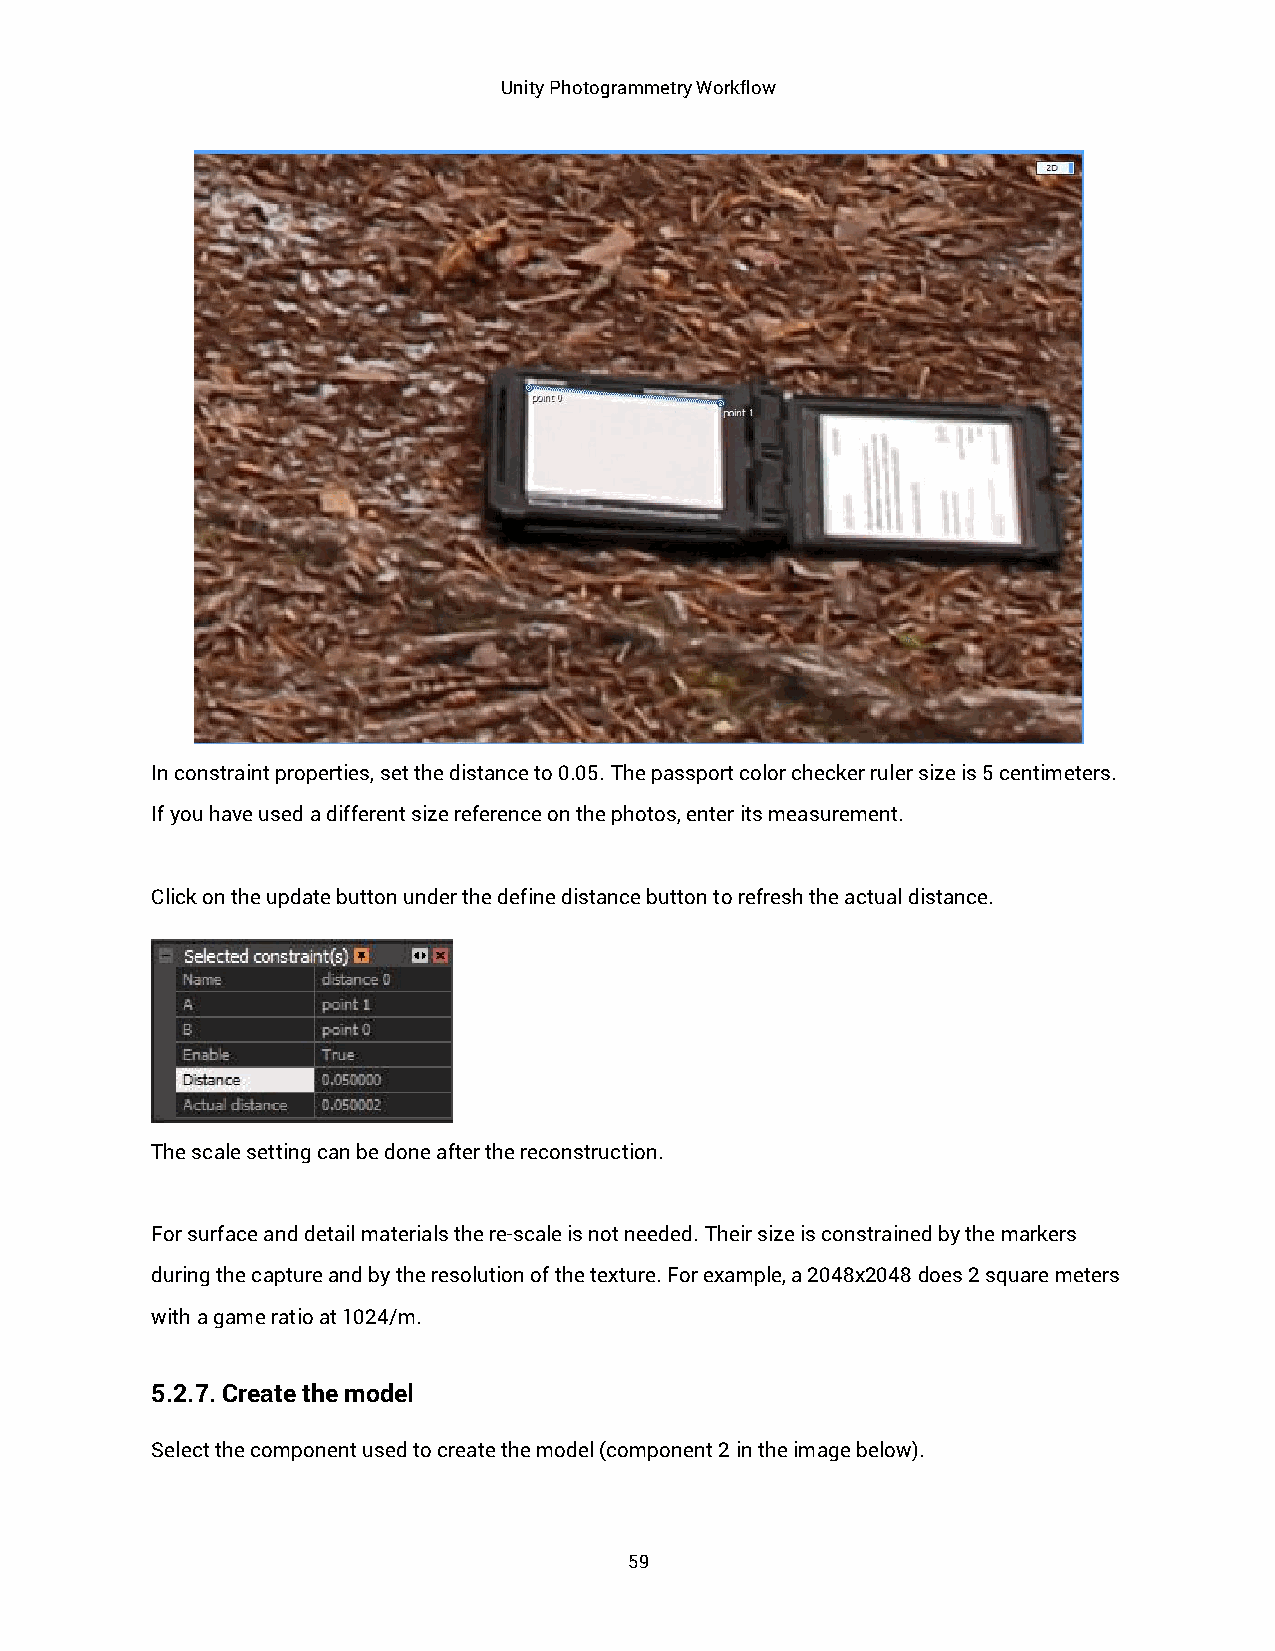
Unity Photogrammetry Workflow
 In constraint properties, set the distance to 0.05. The passport color checker ruler size is 5 centimeters.
 If you have used a different size reference on the photos, enter its measurement.
 Click on the update button under the define distance button to refresh the actual distance.
 The scale setting can be done after the reconstruction.
 For surface and detail materials the re-scale is not needed. Their size is constrained by the markers
 during the capture and by the resolution of the texture. For example, a 2048x2048 does 2 square meters
 with a game ratio at 1024/m.
 5.2.7. Create the model
 Select the component used to create the model (component 2 in the image below).
 59